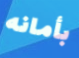
بأمانه